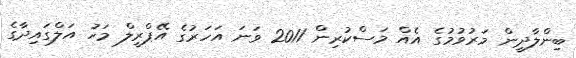
ބިންލާދީން މަރުވުމުގެ އެއް މަސްކުރިން 2011 ވަނަ އަހަރުގެ އޭޕްރީލް މަހު އަލްގައިދާގެ